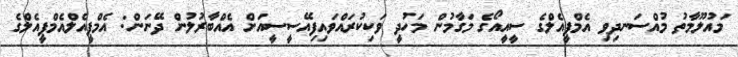
މައުލޫމާތު މުއްސަނދިވި އެމްޕީއެލްގެ ސީއީއޯގެ މަގާމުން މަހުދީ ވަކިކުރައްވައިފިއޭސީސީއަށް އެއްބާރުލުން ދޭނަން: އެމްޕީއެލްއެމްޕީއެލްގެ